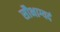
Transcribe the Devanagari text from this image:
सौभाग्यदं